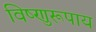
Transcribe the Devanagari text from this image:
विष्णुरूपाय